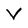
Character: V